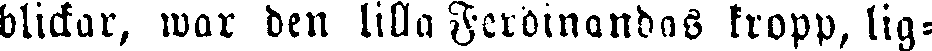
blickar, war den lilla Ferdinandas kropp, lig-